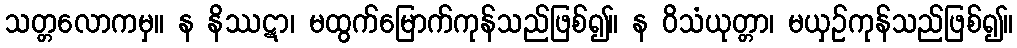
သတ္တလောကမှ။ န နိဿဋာ၊ မထွက်မြောက်ကုန်သည်ဖြစ်၍။ န ဝိသံယုတ္တာ၊ မယှဉ်ကုန်သည်ဖြစ်၍။